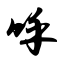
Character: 呼